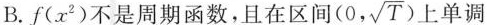
B.f ( x^{2})不是周期函数，且在区间( 0, \sqrt{T}) 单调